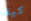
كيف